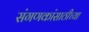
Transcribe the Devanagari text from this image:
संगणकांसाठीच्या